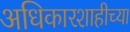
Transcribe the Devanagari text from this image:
अधिकारशाहीच्या